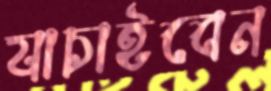
যাচাইবেন